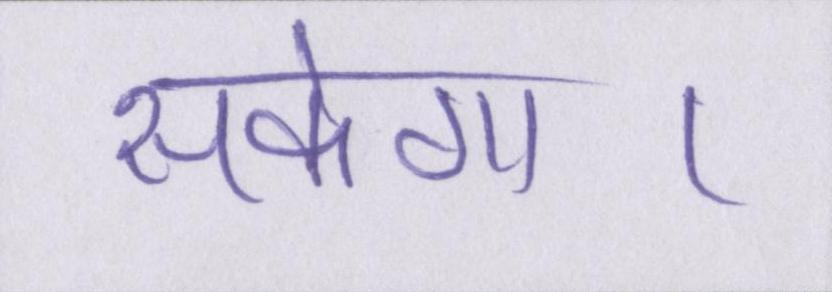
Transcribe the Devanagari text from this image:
सकेगा।